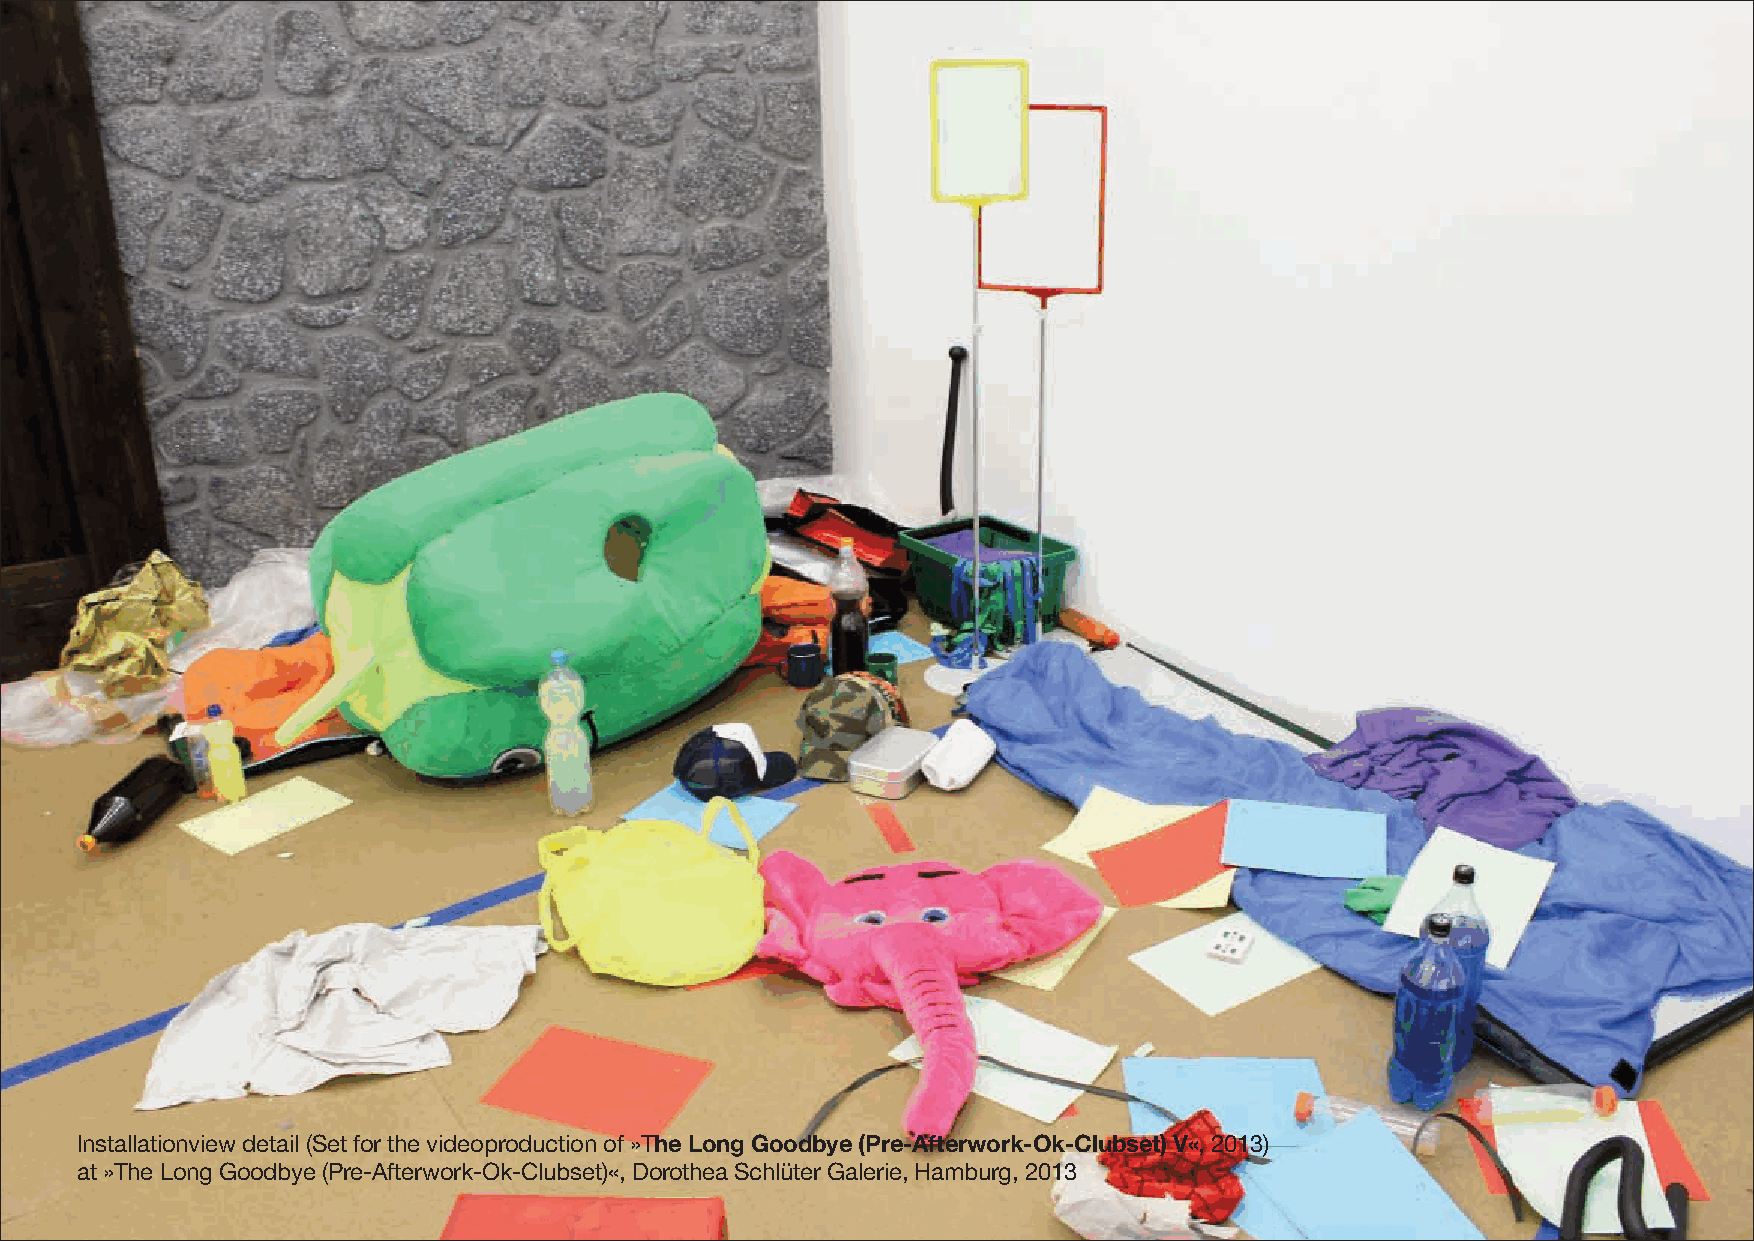
Installationview detail (Set for the videoproduction of »The Long Goodbye (Pre-Afterwork-Ok-Clubset) V«, 2013)
 at »The Long Goodbye (Pre-Afterwork-Ok-Clubset)«, Dorothea Schlüter Galerie, Hamburg, 2013